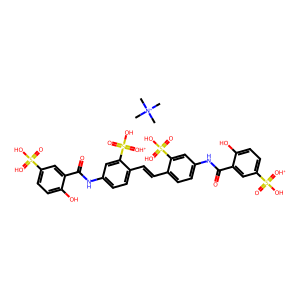
SMILES: C[N+](C)(C)C.O=C(Nc1ccc(C=Cc2ccc(NC(=O)c3cc(S(=O)(O)=[OH+])ccc3O)cc2S(=O)(O)=[OH+])c(S(=O)(O)=[OH+])c1)c1cc(S(=O)(O)=[OH+])ccc1O
Inhibits HIV replication: Yes